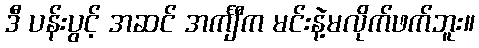
ဒီ ပန်းပွင့် အဆင် အင်္ကျီက မင်းနဲ့မလိုက်ဖက်ဘူး။